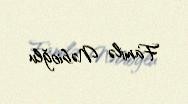
Familə Nəbioğlu